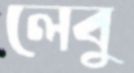
লেবু